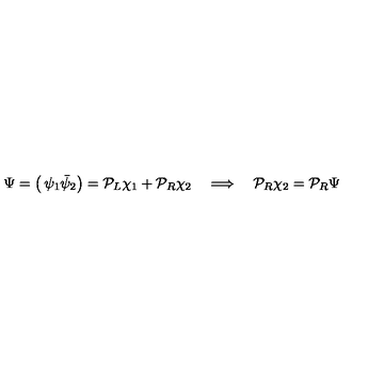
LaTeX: \Psi = \left( \begin{matrix} { \psi _ { 1 } } \\ { \bar { \psi } _ { 2 } } \\ \end{matrix} \right) = { \cal P } _ { L } \chi _ { 1 } + { \cal P } _ { R } \chi _ { 2 } \quad \Longrightarrow \quad { \cal P } _ { R } \chi _ { 2 } = { \cal P } _ { R } \Psi